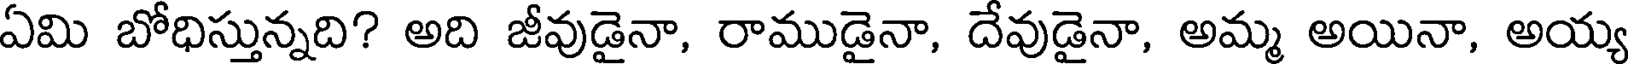
ఏమి బోధిస్తున్నది? అది జీవుడైనా, రాముడైనా, దేవుడైనా, అమ్మ అయినా, అయ్య